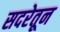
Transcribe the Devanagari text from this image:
सदरेतून